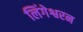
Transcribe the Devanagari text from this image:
लिंगेश्वरन